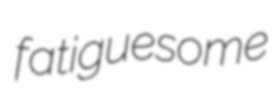
fatiguesome